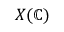
X ( \mathbb { C } )